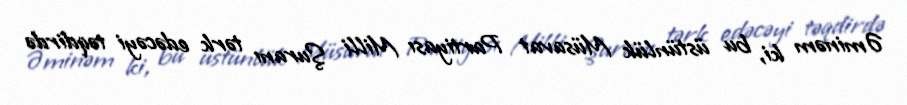
Əminəm ki, bu üstünlük Müsavat Partiyası Milli Şuranı tərk edəcəyi təqdirdə